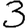
Digit: 3